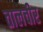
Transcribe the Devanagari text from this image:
तालचीर